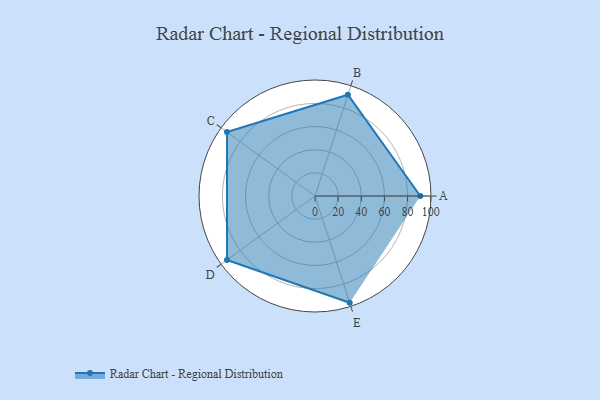
{"axis": {"x": "Skill", "y": "Score"}, "legend": ["Profile"], "data": [{"x": "A", "y": 91.0, "type": "Profile"}, {"x": "B", "y": 92.0, "type": "Profile"}, {"x": "C", "y": 94.0, "type": "Profile"}, {"x": "D", "y": 94.0, "type": "Profile"}, {"x": "E", "y": 97.0, "type": "Profile"}]}